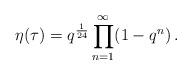
LaTeX: \begin{align*}\eta(\tau) = q^{\frac{1}{24}} \prod_{n=1}^{\infty} (1 - q^n) \,.\end{align*}